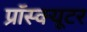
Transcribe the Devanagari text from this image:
प्रॉस्क्यूटर